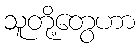
သူတို့တွေဟာ